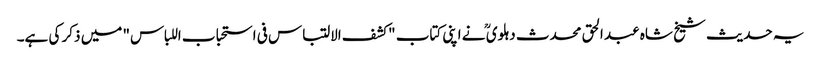
یہ حدیث شیخ شاہ عبد الحق محدث دہلوی ؒ نے اپنی کتاب "کشف الالتباس فی استحباب اللباس" میں ذکر کی ہے۔